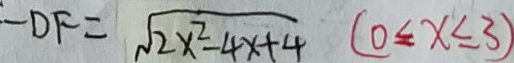
- D F = \sqrt { 2 x ^ { 2 } - 4 x + 4 } ( 0 \leq x \leq 3 )